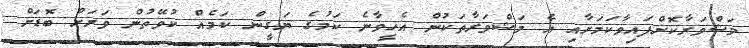
މަޝްވަރާކޮށްފައިވާކަމަށާއި އެ މަޝްވަރާތަކުން އެހީވާނެ ކަމުގެ ޔަގީން ކަމެއް ކުވޭތުން ވަރަށް ބޮޑަށް